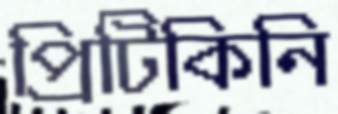
প্রিটিকিনি